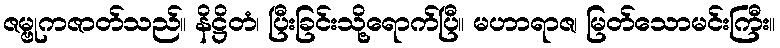
ဇမ္ဗုကဇာတ်သည်။ နိဋ္ဌိတံ၊ ပြီးခြင်းသို့ရောက်ပြီ။ မဟာရာဇ၊ မြတ်သောမင်းကြီး။